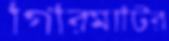
গিরিমাটির